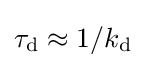
\tau _{\text{d}}\approx 1/k_{\text{d}}